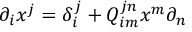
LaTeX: \partial _ { i } x ^ { j } = \delta _ { i } ^ { j } + Q _ { i m } ^ { j n } x ^ { m } \partial _ { n }